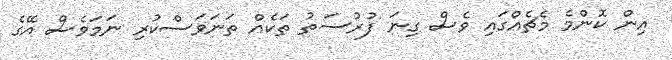
އިން ކޮންމެ މެޗެއްގައި ވެސް ގިނަ ފުރުސަތު ތަކެއް ތަނަވަސްކުރި ނަމަވެސް އޭގެ